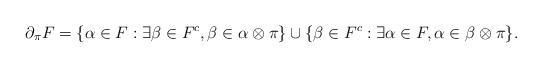
LaTeX: \begin{align*}\partial_\pi F&=\{\alpha \in F: \exists \beta \in F^c, \beta \in \alpha \otimes \pi\} \cup \{\beta \in F^c: \exists \alpha \in F, \alpha \in \beta \otimes \pi\}.\end{align*}